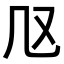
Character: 𠘫